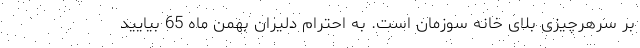
بر سرهرچیزی بلای خانه سوزمان است. به احترام دلیران بهمن ماه 65 بیایید